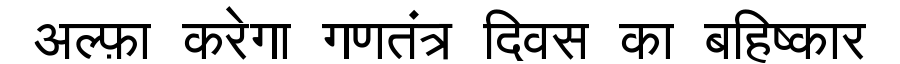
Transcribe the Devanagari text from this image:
अल्फ़ा करेगा गणतंत्र दिवस का बहिष्कार